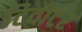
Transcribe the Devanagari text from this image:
टिवीटर